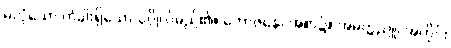
မလုံသော တံခါးရှိသော ပုဂ္ဂိုလ်မည်၏။ ဘောဇနေ၊ အစာ၌။ အမတ္တညူ၊ အတိုင်း